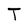
Character: T